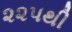
૨૨પથી